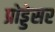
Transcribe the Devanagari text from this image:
प्रोड्डेसर